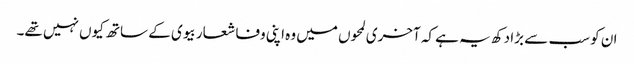
ان کو سب سے بڑا دکھ یہ ہے کہ آخری لمحوں میں وہ اپنی وفا شعار بیوی کے ساتھ کیوں نہیں تھے۔